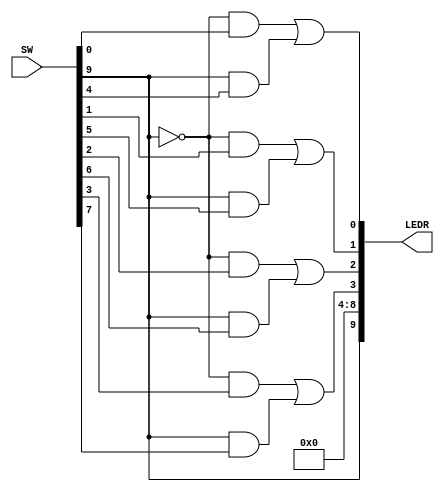
//
// ============================================================
// Laboratory: 		Lab 1 - Part 2 - Digital Logic
// Description:		Switches, Lights and Multiplexers
// By:			K. walsh
//

// Top Level Module
module sw_leds_mux (
	input [9:0] SW,
	output [9:0] LEDR);
//

	assign LEDR[0] = (~SW[9] & SW[0]) | (SW[9] & SW[4]); //(~s&x0)|(s&y0)
	assign LEDR[1] = (~SW[9] & SW[1]) | (SW[9] & SW[5]); //(~s&x1)|(s&y1)
	assign LEDR[2] = (~SW[9] & SW[2]) | (SW[9] & SW[6]); //(~s&x2)|(s&y2)
	assign LEDR[3] = (~SW[9] & SW[3]) | (SW[9] & SW[7]); //(~s&x3)|(s&y3)
	assign LEDR[8:4] = 0;
	assign LEDR[9] = SW[9];
	
endmodule